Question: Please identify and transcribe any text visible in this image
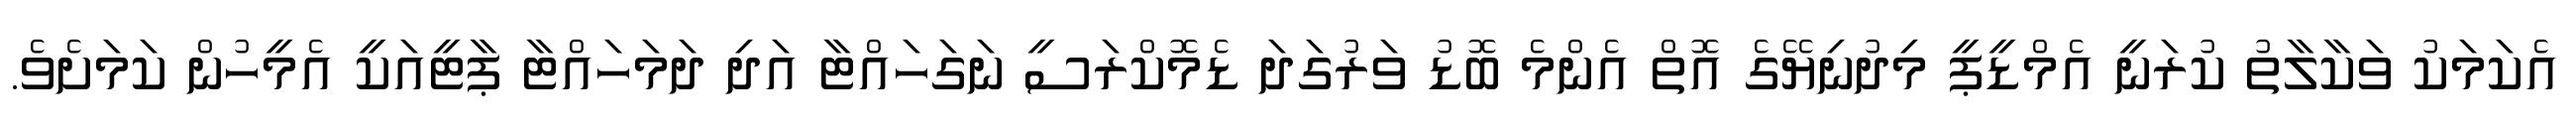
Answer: އެކަމަކު ވަކާލާތު ކުރަނީ އެމްޑީޕީ މިދުނިޔޭގެ އޮތް އެންމެ ބޮޑު ވަރުގަދަ ޑެމޮކްރަސީ ނަގަހައްޓާ އަދި ދަމަހައްޓާ ޕާޓީއަކީ އެމީހުން ކަމަށެވެ.